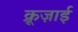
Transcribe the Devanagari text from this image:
क्रूज़ाई